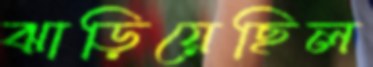
ঝাড়িয়েছিল